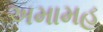
અમામહ